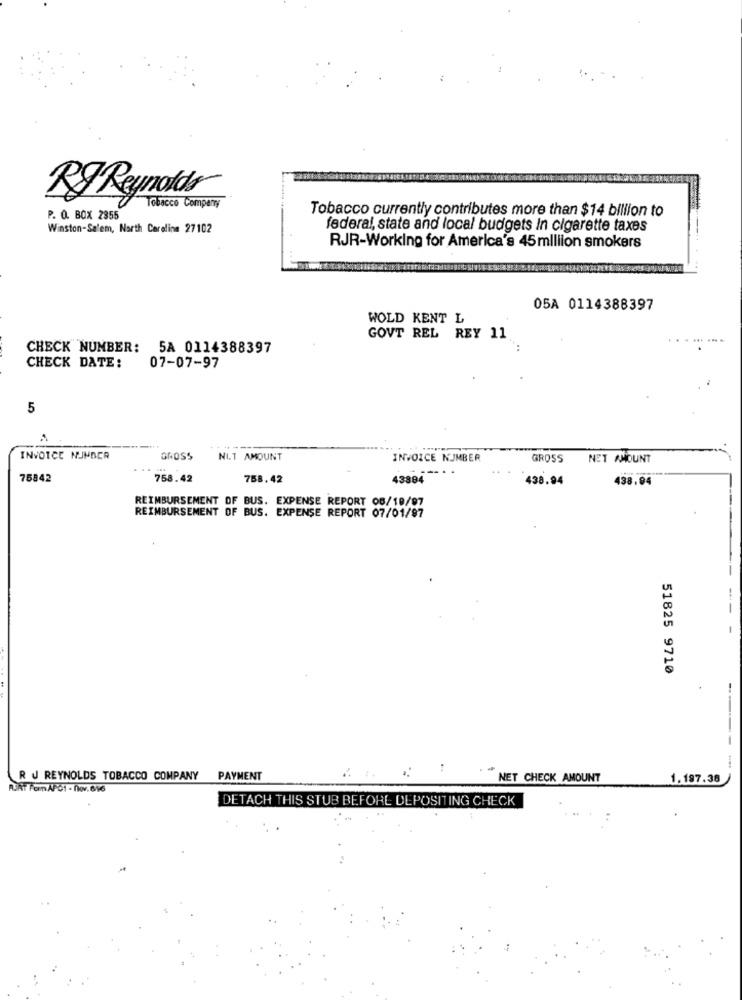
RJ Reynolds
Tobacco Company
Tobacco currently contributes more than $14 billion to
P. O. BOX 2355
Winston-Salem, North Carolina 27102
federal, state and local budgets In cigarette taxes
RJR-Working for America's 45 mlliion smokers
05A 0114388397
WOLD KENT L
GOVT REL REY 11
CHECK NUMBER: 5A 0114388397
CHECK DATE:
07-07-97
5
A
INVOICE NUMBER
GROSS
NIT AMOUNT
INVOICE NUMBER
GROSS
NET AMOUNT
75842
758.42
758.42
43884
438.94
438.04
REIMBURSEMENT OF BUS. EXPENSE REPORT 06/18/97
REIMBURSEMENT OF BUS. EXPENSE REPORT 07/01/97
51825 9710
------
R J REYNOLDS TOBACCO COMPANY PAYMENT
NET CHECK AMOUNT
1.197.38
Rikt For APO1 - nov.616
DETACH THIS STUB BEFORE DEPOSITING CHECK